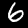
Digit: 6